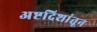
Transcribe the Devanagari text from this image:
अष्टदिशांतून